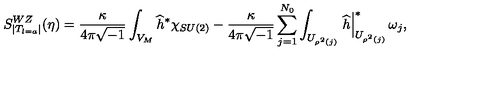
S _ { | T _ { l = a } | } ^ { W Z } ( \eta ) = \frac { \kappa } { 4 \pi \sqrt { - 1 } } \int _ { V _ { M } } \widehat { h } ^ { \ast } \chi _ { S U ( 2 ) } - \frac { \kappa } { 4 \pi \sqrt { - 1 } } \sum _ { j = 1 } ^ { N _ { 0 } } \int _ { U _ { \rho ^ { 2 } ( j ) } } \left. \widehat { h } \right| _ { U _ { \rho ^ { 2 } ( j ) } } ^ { \ast } \omega _ { j } ,